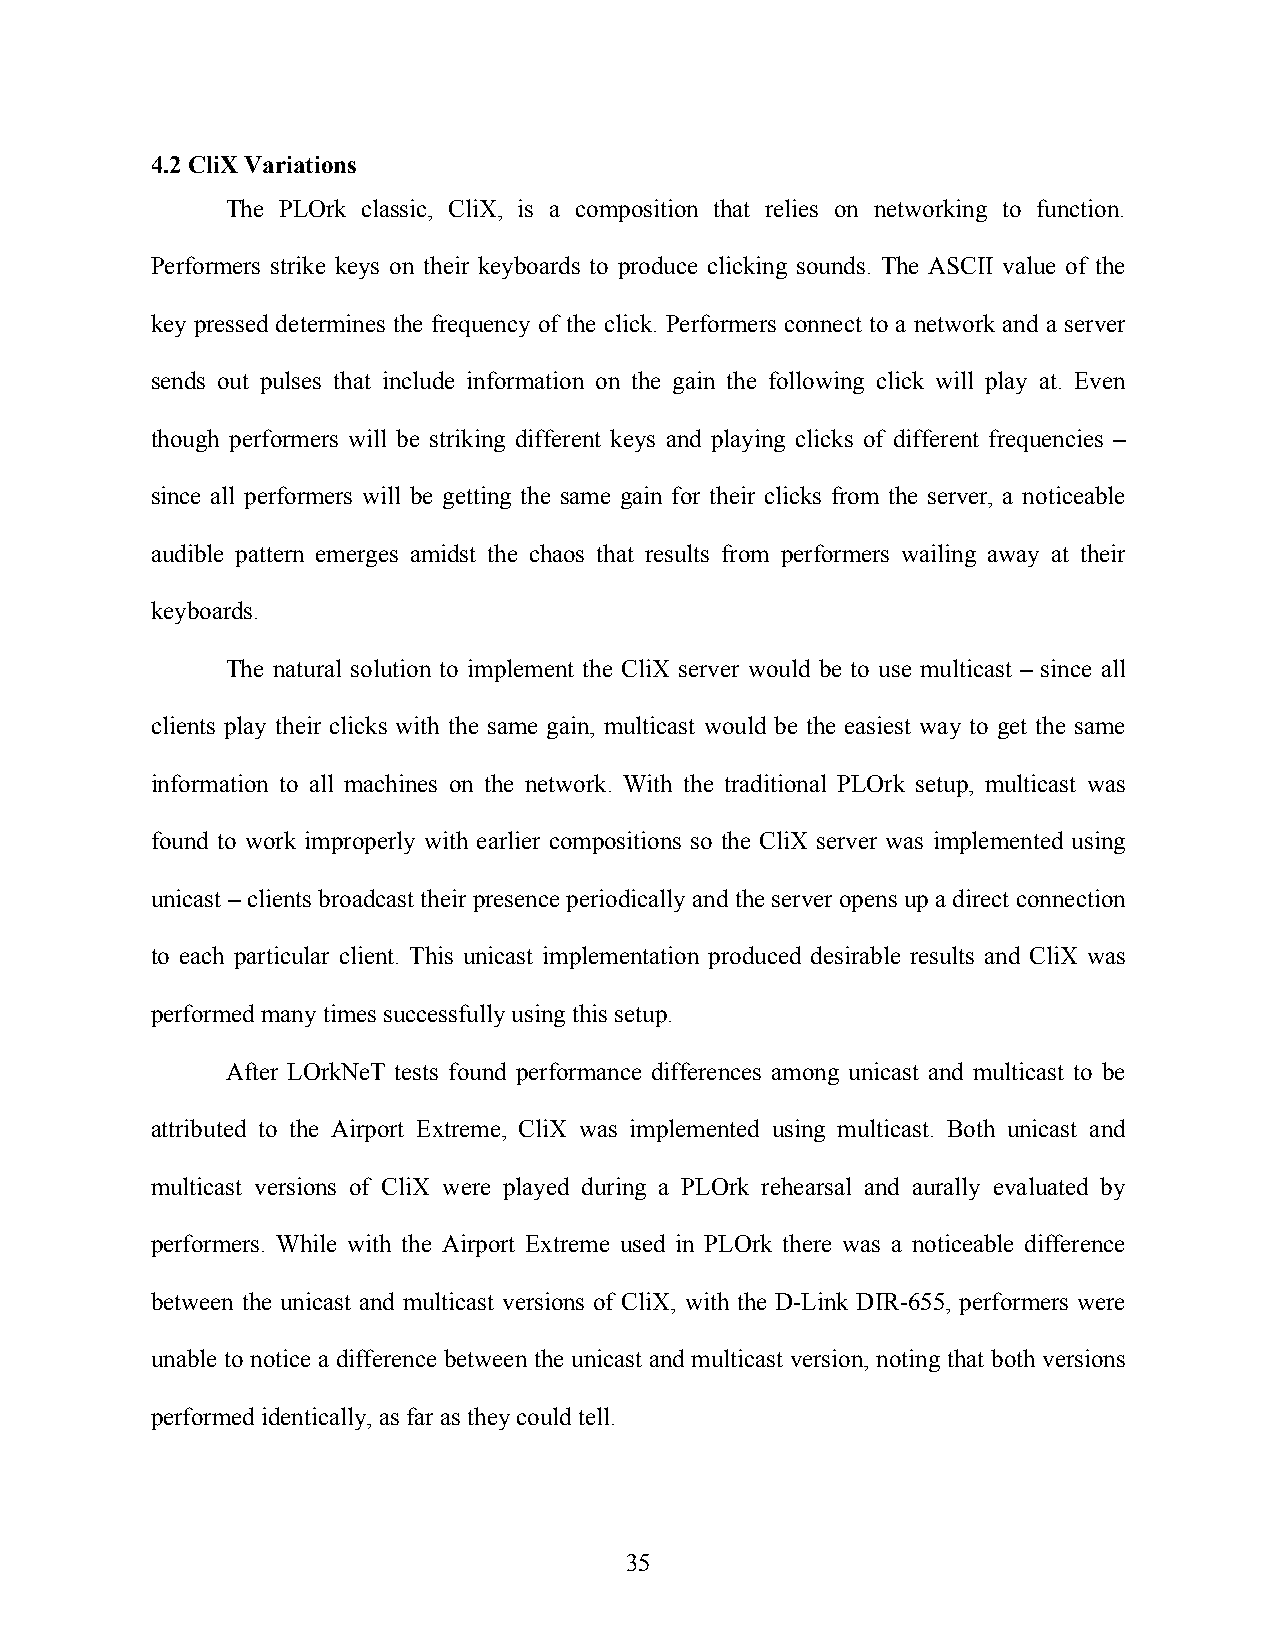
4.2 CliX Variations
 The PLOrk classic, CliX, is a composition that relies on networking to function.
 Performers strike keys on their keyboards to produce clicking sounds. The ASCII value of the
 key pressed determines the frequency of the click. Performers connect to a network and a server
 sends out pulses that include information on the gain the following click will play at. Even
 though performers will be striking different keys and playing clicks of different frequencies –
 since all performers will be getting the same gain for their clicks from the server, a noticeable
 audible pattern emerges amidst the chaos that results from performers wailing away at their
 keyboards.
 The natural solution to implement the CliX server would be to use multicast – since all
 clients play their clicks with the same gain, multicast would be the easiest way to get the same
 information to all machines on the network. With the traditional PLOrk setup, multicast was
 found to work improperly with earlier compositions so the CliX server was implemented using
 unicast – clients broadcast their presence periodically and the server opens up a direct connection
 to each particular client. This unicast implementation produced desirable results and CliX was
 performed many times successfully using this setup.
 After LOrkNeT tests found performance differences among unicast and multicast to be
 attributed to the Airport Extreme, CliX was implemented using multicast. Both unicast and
 multicast versions of CliX were played during a PLOrk rehearsal and aurally evaluated by
 performers. While with the Airport Extreme used in PLOrk there was a noticeable difference
 between the unicast and multicast versions of CliX, with the D-Link DIR-655, performers were
 unable to notice a difference between the unicast and multicast version, noting that both versions
 performed identically, as far as they could tell.
 35